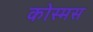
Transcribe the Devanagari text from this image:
कोस्मस